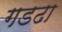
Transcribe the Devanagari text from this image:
गडढा